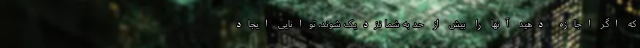
که اگر اجازه دهید آنها را بیش از حد به شما نزدیک شوند، توانایی ایجاد